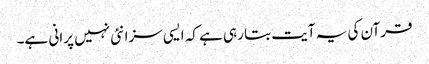
قرآن کی یہ آیت بتا رہی ہے کہ ایسی سزا نئی نہیں پرانی ہے۔